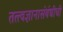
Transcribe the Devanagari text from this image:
तत्त्वज्ञानासंबंधीची